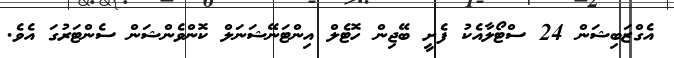
އެގްޒަބިޝަން 24 ސްޓޯލާއެކު ފެށީ ބޭޖިން ހޮޓެލް އިންޓަނޭޝަނަލް ކޮންވެންޝަން ސެންޓަރުގަ އެވެ.